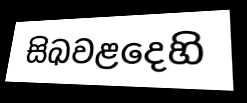
සිඛවළදෙහි